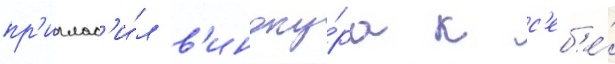
пр'иглас'и́л в'иноку́ра к с'еб'е́